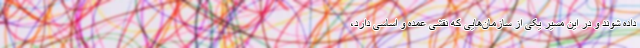
داده شوند و در این مسیر یکی از سازمان‌هایی که نقشی عمده و اساسی دارد،